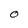
Character: 0